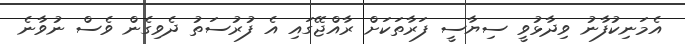
އެމަނިކުފާނު ވިދާޅުވީ ސިޔާސީ ފަރާތަކަށް ރާއްޖޭގައި އެ ފުރުސަތު ދެވިގެން ވެސް ނުވާނެ